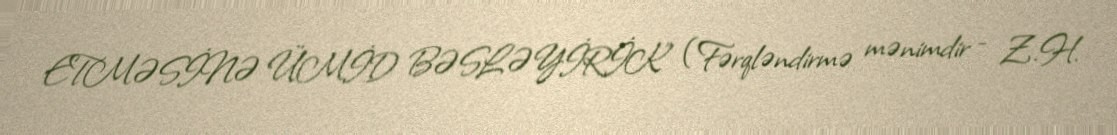
ETMƏSİNƏ ÜMİD BƏSLƏYİRİK” (Fərqləndirmə mənimdir - Z.H.